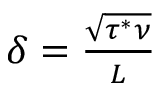
\begin{array} { r } { \delta = \frac { \sqrt { \tau ^ { * } \nu } } { L } } \end{array}